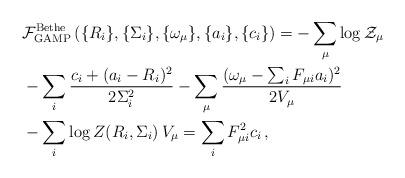
LaTeX: \begin{align*}&{\cal F}^{\rm Bethe}_{\rm GAMP}\left(\{R_i\},\{\Sigma_i\},\{\omega_{\mu}\}, \{a_i\},\{c_i\}\right) =-\sum_{\mu} \log {\cal Z}_{\mu} \\&- \sum_i \frac {c_i+(a_i-R_i)^2}{2\Sigma^2_i} - \sum_{\mu} \frac{(\omega_{\mu}-\sum_i F_{\mu i} a_i)^2}{2V_{\mu}} \\&- \sum_i \log{{Z}(R_i,\Sigma_i)}\, V_{\mu} = \sum_iF_{\mu i}^2c_i\, ,\end{align*}